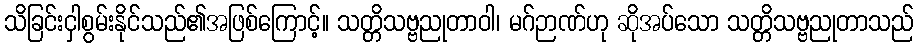
သိခြင်းငှါစွမ်းနိုင်သည်၏အဖြစ်ကြောင့်။ သတ္တိသဗ္ဗညုတာဝါ၊ မဂ်ဉာဏ်ဟု ဆိုအပ်သော သတ္တိသဗ္ဗညုတာသည်